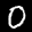
Label: 0